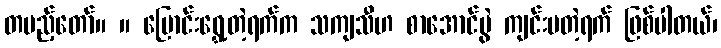
တပည့်တော်။ ။ ပြောင်းရွှေ့တဲ့ရက်က သကျသီဟ စာအောင်ပွဲ ကျင်းပတဲ့ရက် ဖြစ်ပါတယ်၊